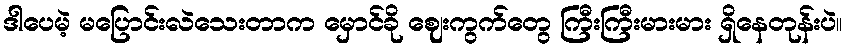
ဒါပေမဲ့ မပြောင်းလဲသေးတာက မှောင်ခို ဈေးကွက်တွေ ကြီးကြီးမားမား ရှိနေတုန်းပဲ။